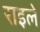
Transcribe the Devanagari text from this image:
राइले